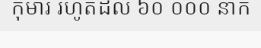
កុមារ រហូតដល់ ៦០ ០០០ នាក់